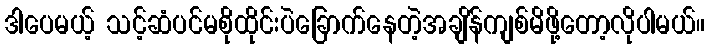
ဒါပေမယ့် သင့်ဆံပင်မစိုထိုင်းပဲခြောက်နေတဲ့အချိန်ကျစ်မိဖို့တော့လိုပါမယ်။